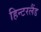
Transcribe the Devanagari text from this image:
हिन्टरलैंड